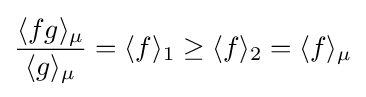
{\frac {\langle fg\rangle _{\mu }}{\langle g\rangle _{\mu }}}=\langle f\rangle _{1}\geq \langle f\rangle _{2}=\langle f\rangle _{\mu }